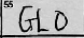
Transcription: GLO